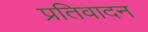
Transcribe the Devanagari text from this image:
प्रतिवादन